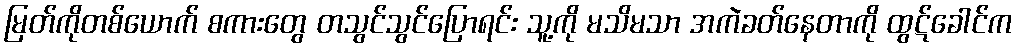
မြတ်ကိုတစ်ယောက် စကားတွေ တသွင်သွင်ပြောရင်း သူ့ကို မသိမသာ အကဲခတ်နေတာကို ထွဋ်ခေါင်က